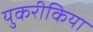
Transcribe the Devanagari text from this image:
युकरीकिया